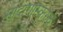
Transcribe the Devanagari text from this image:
मादागास्करचे